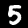
Label: 5